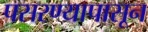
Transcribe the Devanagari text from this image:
पसरण्यापासून